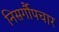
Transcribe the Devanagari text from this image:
निसर्गौपचार